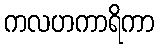
ကလဟကာရိကာ